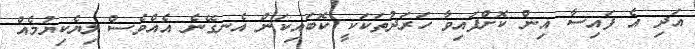
އަދި އެ ފައިސާ އިން ކޮށްފައިވާ ހަރަދުތަކަކީ ކޮބައިކަން އެނގޭނެ އެއްވެސް ލިޔެކިޔުމެއް